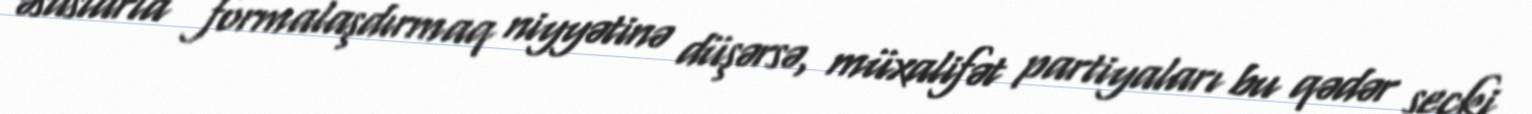
əsaslarla formalaşdırmaq niyyətinə düşərsə, müxalifət partiyaları bu qədər seçki